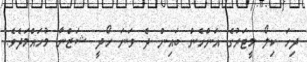
ދިހަ ކިލޯ މީޓަރުގެ އަންހެން ބައިން ދެ ވަނަ ހޯދީ ޝަޒްނާ މުހައްމަދެވެ.